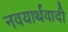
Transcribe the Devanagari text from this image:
नवयार्थवादी